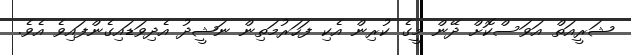
ޝަރީއަތް އަވަސްކޮށް ދޭން މީގެ ކުރިން އެކި ފަހަރުމަތިން ނަޝީދު އެދިވަޑައިގެންފައިވެ އެވެ.